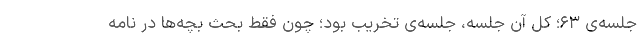
جلسه‌ی ۶۳؛ کل آن جلسه، جلسه‌ی تخریب بود؛ چون فقط بحث بچه‌ها در نامه